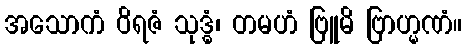
အသောကံ ဝိရဇံ သုဒ္ဓံ၊ တမဟံ ဗြူမိ ဗြာဟ္မဏံ။